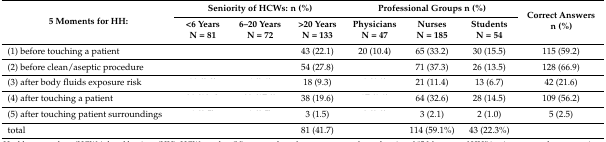
<table><thead><tr><td rowspan="2"><b>5 Moments for HH:</b></td><td colspan="3"><b>Seniority of HCWs: n (%)</b></td><td colspan="3"><b>Professional Groups n (%)</b></td><td rowspan="2"><b>Correct Answers n (%)</b></td></tr><tr><td><b>&lt;6 YearsN = 81</b></td><td><b>6–20 YearsN = 72</b></td><td><b>&gt;20 YearsN = 133</b></td><td><b>PhysiciansN = 47</b></td><td><b>NursesN = 185</b></td><td><b>StudentsN = 54</b></td></tr></thead><tbody><tr><td>(1) before touching a patient</td><td>[EMPTY_CELL]</td><td>[EMPTY_CELL]</td><td>43 (22.1)</td><td>20 (10.4)</td><td>65 (33.2)</td><td>30 (15.5)</td><td>115 (59.2)</td></tr><tr><td>(2) before clean/aseptic procedure</td><td>[EMPTY_CELL]</td><td>[EMPTY_CELL]</td><td>54 (27.8)</td><td>[EMPTY_CELL]</td><td>71 (37.3)</td><td>26 (13.5)</td><td>128 (66.9)</td></tr><tr><td>(3) after body fluids exposure risk</td><td>[EMPTY_CELL]</td><td>[EMPTY_CELL]</td><td>18 (9.3)</td><td>[EMPTY_CELL]</td><td>21 (11.4)</td><td>13 (6.7)</td><td>42 (21.6)</td></tr><tr><td>(4) after touching a patient</td><td>[EMPTY_CELL]</td><td>[EMPTY_CELL]</td><td>38 (19.6)</td><td>[EMPTY_CELL]</td><td>64 (32.6)</td><td>28 (14.5)</td><td>109 (56.2)</td></tr><tr><td>(5) after touching patient surroundings</td><td>[EMPTY_CELL]</td><td>[EMPTY_CELL]</td><td>3 (1.5)</td><td>[EMPTY_CELL]</td><td>3 (2.1)</td><td>2 (1.0)</td><td>5 (2.5)</td></tr><tr><td>total</td><td>[EMPTY_CELL]</td><td>[EMPTY_CELL]</td><td>81 (41.7)</td><td>[EMPTY_CELL]</td><td>114 (59.1%)</td><td>43 (22.3%)</td><td>[EMPTY_CELL]</td></tr></tbody></table>